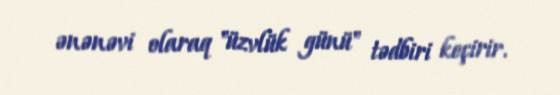
ənənəvi olaraq "üzvlük günü" tədbiri keçirir.